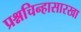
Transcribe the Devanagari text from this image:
प्रश्नचिन्हासारखा